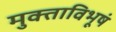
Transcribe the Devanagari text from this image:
मुक्ताविभूषं